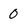
Character: 0